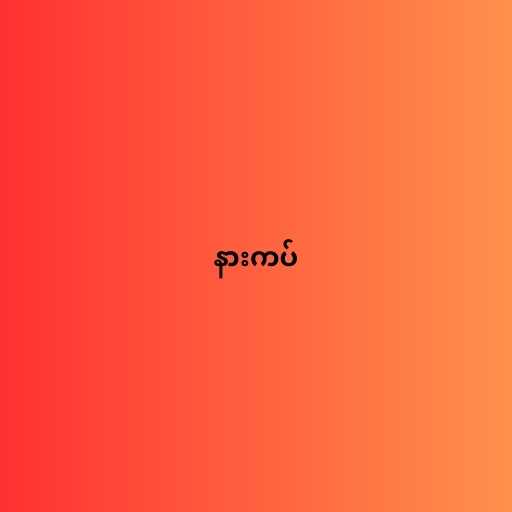
နားကပ်